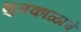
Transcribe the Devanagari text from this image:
भुतकाळाचे